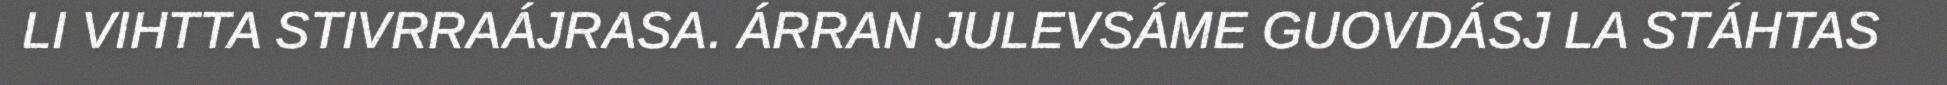
LI VIHTTA STIVRRAÁJRASA. ÁRRAN JULEVSÁME GUOVDÁSJ LA STÁHTAS